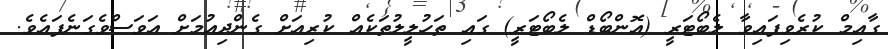
ގާއިމް ކުރެވިފައިވާ ލެބޯޓަރީ (އޮންބޯޑް ލެބޯޓަރީ) ގައި ތަހުލީލުތަކެއް ކުރިއަށް ގެންދިއުމަށް އަވަސްވެގަނެފައެވެ.